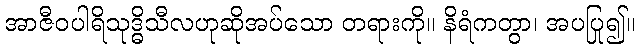
အာဇီဝပါရိသုဒ္ဓိသီလဟုဆိုအပ်သော တရားကို။ နိရံကတွာ၊ အပပြု၍။